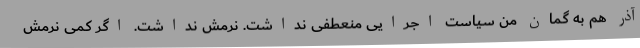
آذر هم به گمان من سیاست اجرایی منعطفی نداشت. نرمش نداشت. اگر کمی نرمش